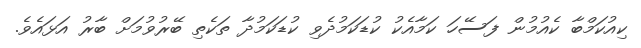
ކިއުކަމްބާ ކެއުމުން ފަސޭހަ ކަމާއެކު ކުޑަކަމުދެވި ކުޑަކަމުދާ ތަކެތި ބޭރުވުމަށް ބާރު އަޅައެވެ.